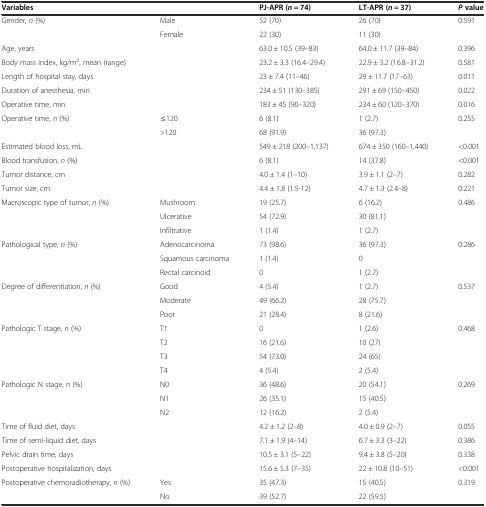
<table><thead><tr><td colspan="2"><b>Variables</b></td><td><b>PJ-APR (<i>n</i> = 74)</b></td><td><b>LT-APR (<i>n</i> = 37)</b></td><td><b><i>P</i>value</b></td></tr></thead><tbody><tr><td rowspan="2">Gender, <i>n</i> (%)</td><td>Male</td><td>52 (70)</td><td>26 (70)</td><td>0.591</td></tr><tr><td>Female</td><td>22 (30)</td><td>11 (30)</td><td></td></tr><tr><td>Age, years</td><td></td><td>63.0 ± 10.5 (39–83)</td><td>64.0 ± 11.7 (39–84)</td><td>0.396</td></tr><tr><td>Body mass index, kg/m<sup>2</sup>, mean (range)</td><td></td><td>23.2 ± 3.3 (16.4–29.4)</td><td>22.9 ± 3.2 (16.8–31.2)</td><td>0.581</td></tr><tr><td>Length of hospital stay, days</td><td></td><td>23 ± 7.4 (11–46)</td><td>29 ± 11.7 (17–63)</td><td>0.011</td></tr><tr><td>Duration of anesthesia, min</td><td></td><td>234 ± 51 (130–385)</td><td>291 ± 69 (150–450)</td><td>0.022</td></tr><tr><td>Operative time, min</td><td></td><td>183 ± 45 (90–320)</td><td>234 ± 60 (120–370)</td><td>0.016</td></tr><tr><td rowspan="2">Operative time, <i>n</i> (%)</td><td>≤120</td><td>6 (8.1)</td><td>1 (2.7)</td><td>0.255</td></tr><tr><td>&gt;120</td><td>68 (91.9)</td><td>36 (97.3)</td><td></td></tr><tr><td>Estimated blood loss, mL</td><td></td><td>549 ± 218 (200–1,137)</td><td>674 ± 350 (160–1,440)</td><td>&lt;0.001</td></tr><tr><td>Blood transfusion, <i>n</i> (%)</td><td></td><td>6 (8.1)</td><td>14 (37.8)</td><td>&lt;0.001</td></tr><tr><td>Tumor distance, cm</td><td></td><td>4.0 ± 1.4 (1–10)</td><td>3.9 ± 1.1 (2–7)</td><td>0.282</td></tr><tr><td>Tumor size, cm</td><td></td><td>4.4 ± 1.8 (1.5-12)</td><td>4.7 ± 1.3 (2.4–8)</td><td>0.221</td></tr><tr><td rowspan="3">Macroscopic type of tumor, <i>n</i> (%)</td><td>Mushroom</td><td>19 (25.7)</td><td>6 (16.2)</td><td>0.486</td></tr><tr><td>Ulcerative</td><td>54 (72.9)</td><td>30 (81.1)</td><td></td></tr><tr><td>Infiltrative</td><td>1 (1.4)</td><td>1 (2.7)</td><td></td></tr><tr><td rowspan="3">Pathological type, <i>n</i> (%)</td><td>Adenocarcinoma</td><td>73 (98.6)</td><td>36 (97.3)</td><td>0.286</td></tr><tr><td>Squamous carcinoma</td><td>1 (1.4)</td><td>0</td><td></td></tr><tr><td>Rectal carcinoid</td><td>0</td><td>1 (2.7)</td><td></td></tr><tr><td rowspan="3">Degree of differentiation, <i>n</i> (%)</td><td>Good</td><td>4 (5.4)</td><td>1 (2.7)</td><td>0.537</td></tr><tr><td>Moderate</td><td>49 (66.2)</td><td>28 (75.7)</td><td></td></tr><tr><td>Poor</td><td>21 (28.4)</td><td>8 (21.6)</td><td></td></tr><tr><td rowspan="4">Pathologic T stage, <i>n</i> (%)</td><td>T1</td><td>0</td><td>1 (2.6)</td><td>0.468</td></tr><tr><td>T2</td><td>16 (21.6)</td><td>10 (27)</td><td></td></tr><tr><td>T3</td><td>54 (73.0)</td><td>24 (65)</td><td></td></tr><tr><td>T4</td><td>4 (5.4)</td><td>2 (5.4)</td><td></td></tr><tr><td rowspan="3">Pathologic N stage, <i>n</i> (%)</td><td>N0</td><td>36 (48.6)</td><td>20 (54.1)</td><td>0.269</td></tr><tr><td>N1</td><td>26 (35.1)</td><td>15 (40.5)</td><td></td></tr><tr><td>N2</td><td>12 (16.2)</td><td>2 (5.4)</td><td></td></tr><tr><td>Time of fluid diet, days</td><td></td><td>4.2 ± 1.2 (2–8)</td><td>4.0 ± 0.9 (2–7)</td><td>0.055</td></tr><tr><td>Time of semi-liquid diet, days</td><td></td><td>7.1 ± 1.9 (4–14)</td><td>6.7 ± 3.3 (3–22)</td><td>0.386</td></tr><tr><td>Pelvic drain time, days</td><td></td><td>10.5 ± 3.1 (5–22)</td><td>9.4 ± 3.8 (5–20)</td><td>0.338</td></tr><tr><td>Postoperative hospitalization, days</td><td></td><td>15.6 ± 5.3 (7–35)</td><td>22 ± 10.8 (10–51)</td><td>&lt;0.001</td></tr><tr><td rowspan="2">Postoperative chemoradiotherapy, <i>n</i> (%)</td><td>Yes</td><td>35 (47.3)</td><td>15 (40.5)</td><td>0.319</td></tr><tr><td>No</td><td>39 (52.7)</td><td>22 (59.5)</td><td></td></tr></tbody></table>